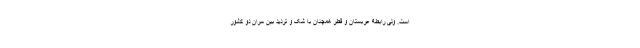
است. ولی رابطۀ عربستان و قطر همچنان با شک و تردید بین سران دو کشور